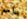
بأمر